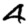
Digit: 4